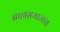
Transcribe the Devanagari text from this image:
ब्राह्मसमाजास